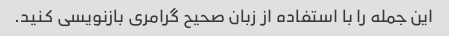
این جمله را با استفاده از زبان صحیح گرامری بازنویسی کنید.